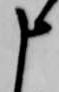
申